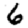
Digit: 6